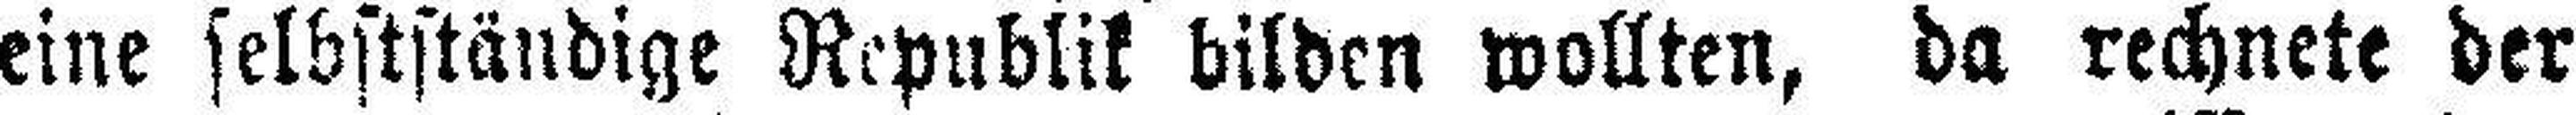
eine selbstständige Republik bilden wollten, da rechnete der